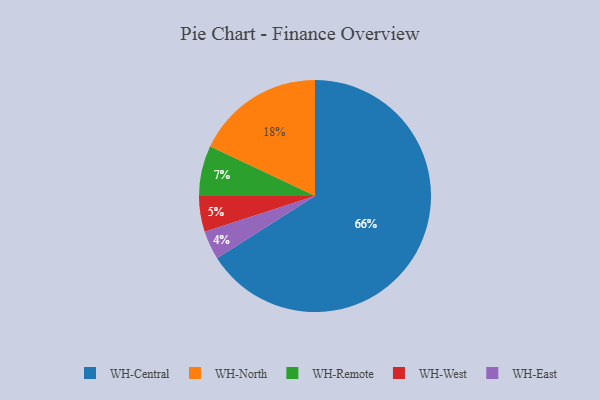
{"axis": {"x": "Category", "y": "Percentage"}, "legend": ["WH-Central", "WH-East", "WH-North", "WH-Remote", "WH-West"], "data": [{"x": "WH-Central", "y": 66, "type": "WH-Central"}, {"x": "WH-North", "y": 18, "type": "WH-North"}, {"x": "WH-Remote", "y": 7, "type": "WH-Remote"}, {"x": "WH-West", "y": 5, "type": "WH-West"}, {"x": "WH-East", "y": 4, "type": "WH-East"}]}